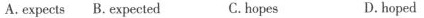
A.expects B.Expected C.hopes D.hoped